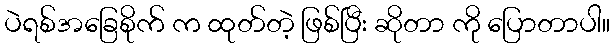
ပဲရစ်အခြေစိုက် က ထုတ်တဲ့ ဖြစ်ပြီး ဆိုတာ ကို ပြောတာပါ။